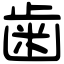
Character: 歯